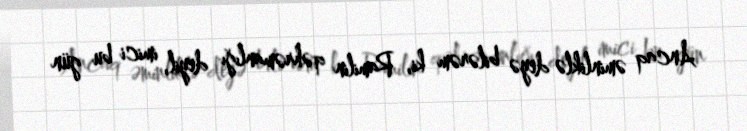
Ancaq əminliklə deyə bilərəm ki, Ramilin qəhrəmanlığı deyil, imici bu gün